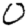
Digit: 0